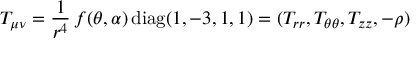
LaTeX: T _ { \mu \nu } = \frac { 1 } { r ^ { 4 } } \, f ( \theta , \alpha ) \, \mathrm { d i a g } ( 1 , - 3 , 1 , 1 ) = ( T _ { r r } , T _ { \theta \theta } , T _ { z z } , - \rho )